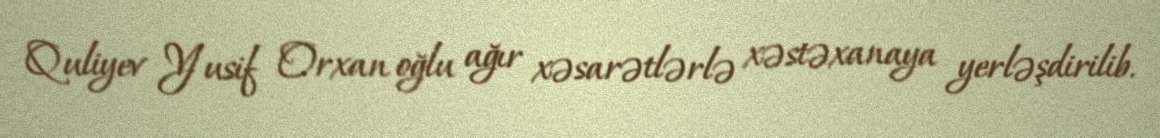
Quliyev Yusif Orxan oğlu ağır xəsarətlərlə xəstəxanaya yerləşdirilib.